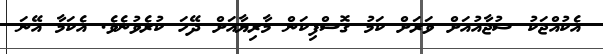
އެކުއްޖަކު ޝުޖާއުއަށް ވަރަށް ކަމު ގޮސްފިކަން މާރިޔާއަށް ދޭހަ ކުރެވުނެވެ. އެކަމާ އޭނަ